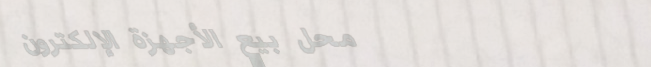
محل بيع الأجهزة الإلكترون